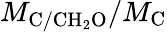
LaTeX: M_{\mathrm{C/CH_{2}O}}/M_{\mathrm{C}}